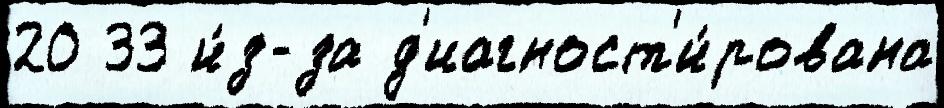
20 33 и́з-за д'иагност'и́рована